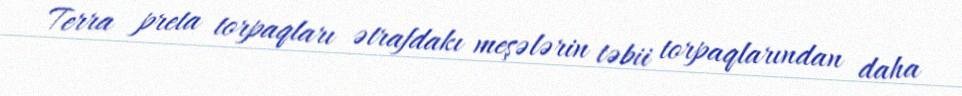
Terra preta torpaqları ətrafdakı meşələrin təbii torpaqlarından daha